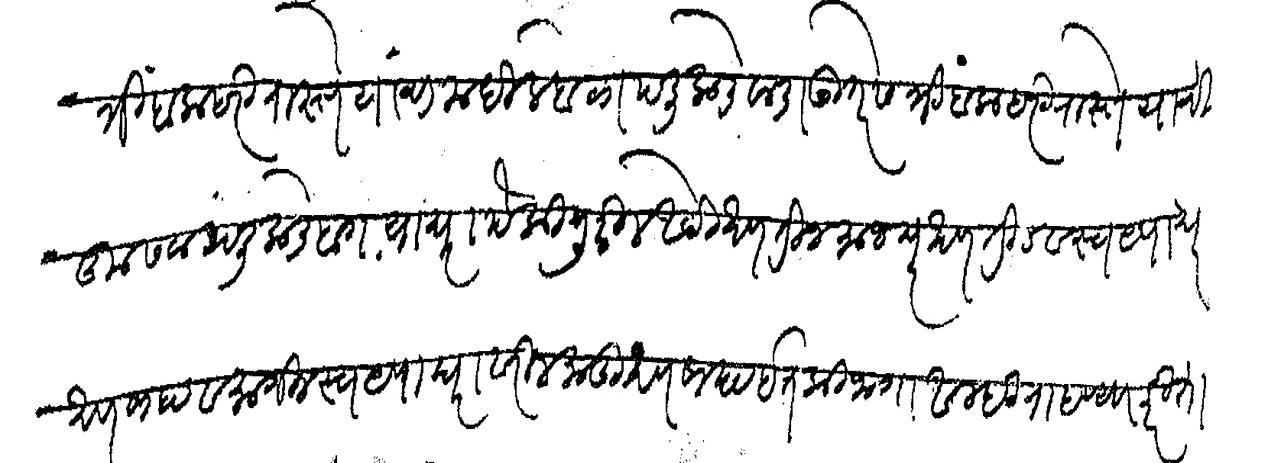
Transliteration (Devanagari): त्रिंबक हरी रास्ते यांचा मधील बोळापलीकडे वाडा उत्तरेस त्रिंबक हरी रास्ते याची कुसवा पलीकडे बाग याघरापैकी पुढील ओटी खण तीन माजघर खण तीन व स्वयपाधर खण साहा व मागील स्वयपाघरावरील माडी खण साहा इतकी जागा आम्ही राहण्याकरिता